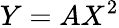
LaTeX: Y=AX^{2}